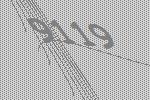
9119